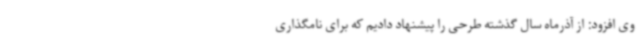
وی افزود: از آذرماه سال گذشته طرحی را پیشنهاد دادیم که برای نامگذاری